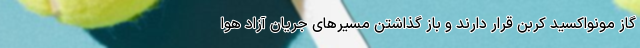
گاز مونواکسید کربن قرار دارند و باز گذاشتن مسیرهای جریان آزاد هوا